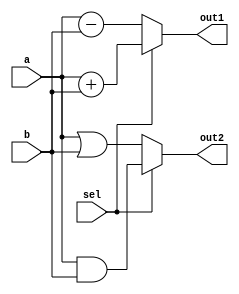
module combinational_logic (
    input wire [3:0] a,      // 4-bit input a
    input wire [3:0] b,      // 4-bit input b
    input wire sel,          // Selection signal
    output reg [3:0] out1,   // 4-bit output out1
    output reg [3:0] out2    // 4-bit output out2
);

    // Combinational logic block
    always @(*) begin
        // Immediate updates based on input changes
        if (sel) begin
            out1 = a + b;      // If sel is high, output is the sum of a and b
            out2 = a & b;      // Output out2 is the bitwise AND of a and b
        end else begin
            out1 = a - b;      // If sel is low, output is the difference of a and b
            out2 = a | b;      // Output out2 is the bitwise OR of a and b
        end
    end

endmodule